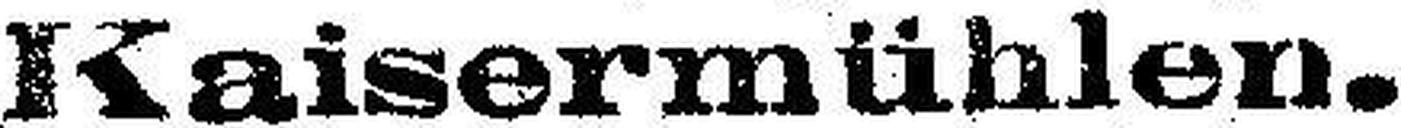
Kaisermühlen.